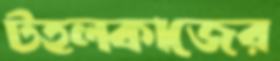
টহলকাজের